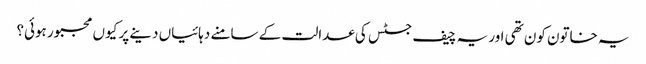
یہ خاتون کون تھی اور یہ چیف جسٹس کی عدالت کے سامنے دہائیاں دینے پر کیوں مجبور ہوئی؟